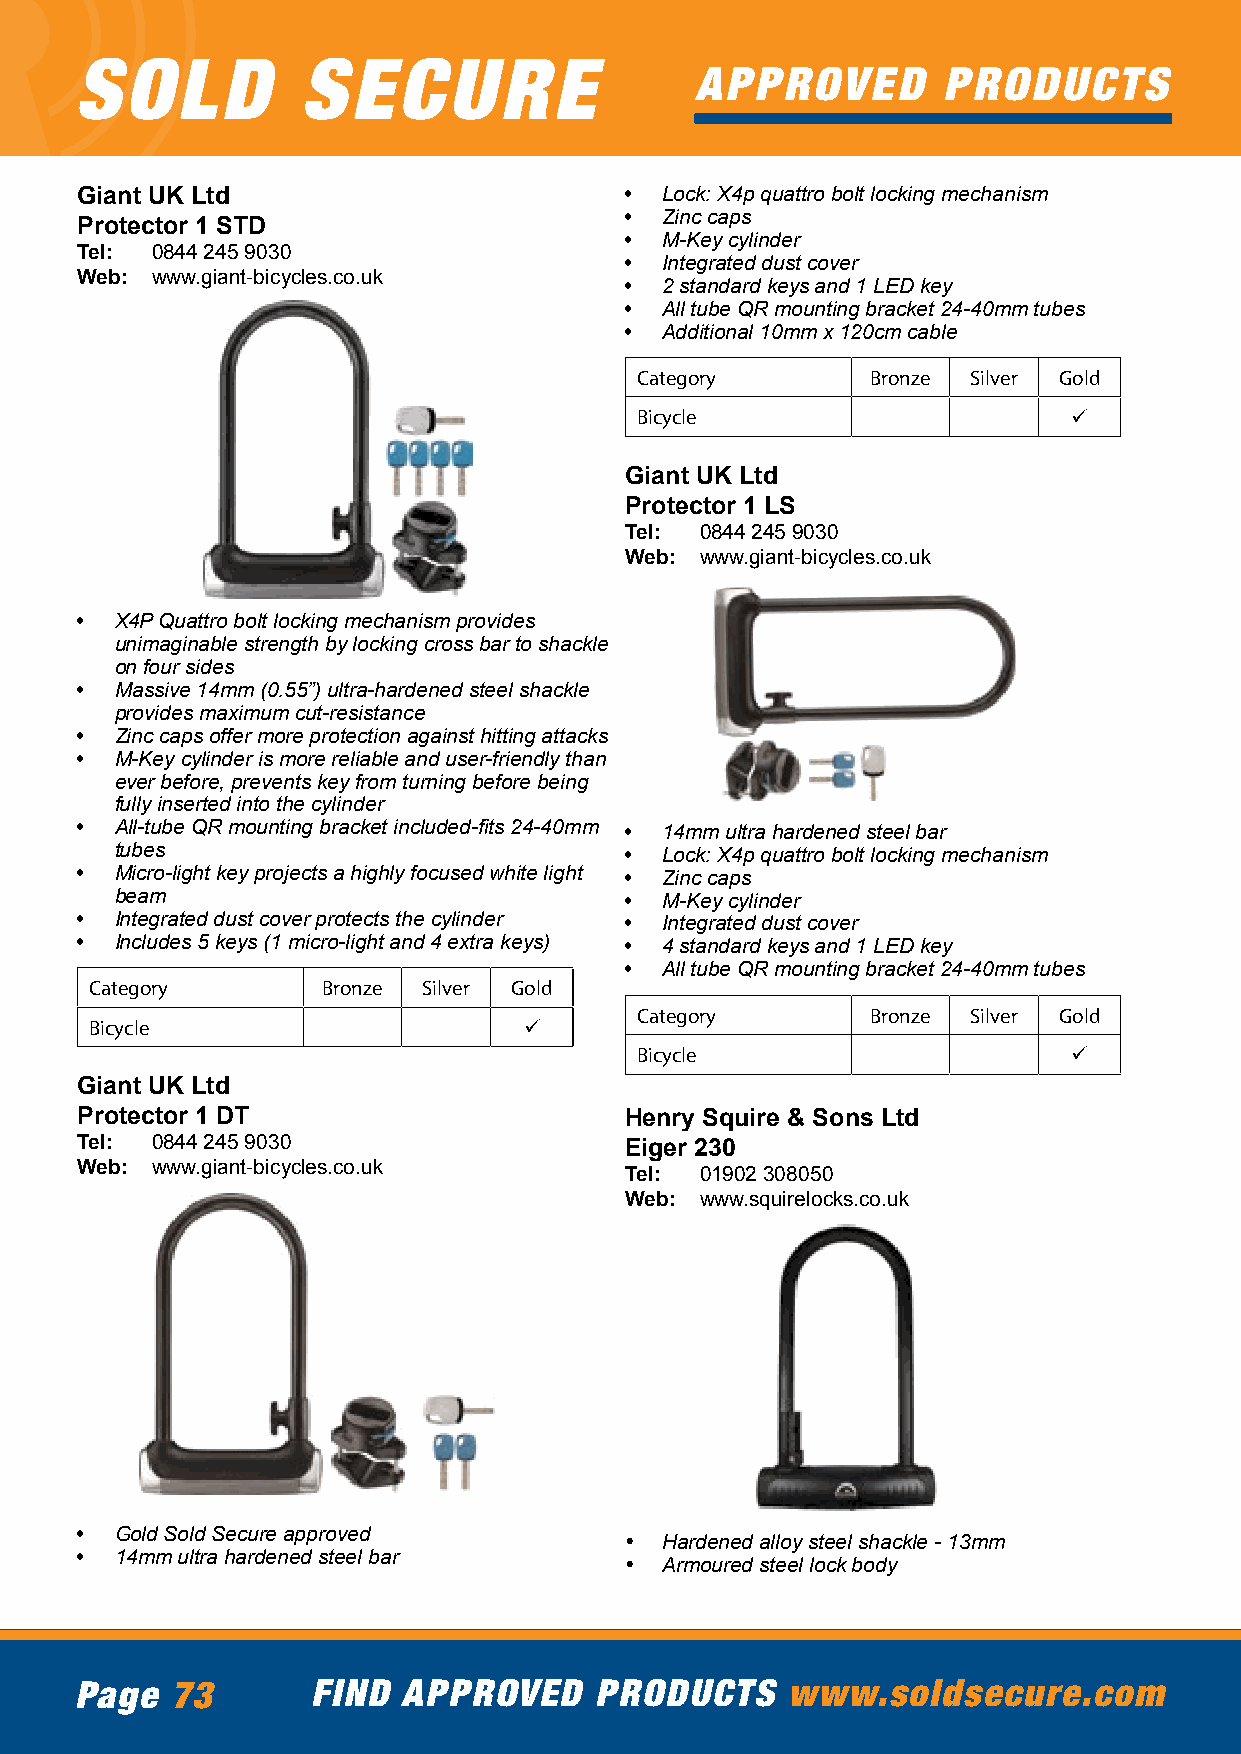
SOLD           SECURE
 APPROVED        PRODUCTS
 Giant UK Ltd                        •  Lock: X4p quattro bolt locking mechanism
 •  Zinc caps
 Protector 1 STD
 •  M-Key cylinder
 Tel: 0844 245 9030
 •  Integrated dust cover
 Web: www.giant-bicycles.co.uk       •  2 standard keys and 1 LED key
 •  All tube QR mounting bracket 24-40mm tubes
 •  Additional 10mm x 120cm cable
 Category        Bronze Silver Gold
 Bicycle                      ü
 Giant UK Ltd
 Protector 1 LS
 Tel: 0844 245 9030
 Web: www.giant-bicycles.co.uk
 •  X4P Quattro bolt locking mechanism provides
 unimaginable strength by locking cross bar to shackle
 on four sides
 •  Massive 14mm (0.55”) ultra-hardened steel shackle
 provides maximum cut-resistance
 •  Zinc caps offer more protection against hitting attacks
 •  M-Key cylinder is more reliable and user-friendly than
 ever before, prevents key from turning before being
 fully inserted into the cylinder
 •  All-tube QR mounting bracket included-fits 24-40mm • 14mm ultra hardened steel bar
 tubes                            •  Lock: X4p quattro bolt locking mechanism
 •  Micro-light key projects a highly focused white light • Zinc caps
 beam                             •  M-Key cylinder
 •  Integrated dust cover protects the cylinder • Integrated dust cover
 •  Includes 5 keys (1 micro-light and 4 extra keys) • 4 standard keys and 1 LED key
 •  All tube QR mounting bracket 24-40mm tubes
 Category       Bronze Silver Gold
 Category        Bronze Silver Gold
 Bicycle                      ü
 Bicycle                      ü
 Giant UK Ltd
 Protector 1 DT                      Henry Squire & Sons Ltd
 Tel: 0844 245 9030                  Eiger 230
 Web: www.giant-bicycles.co.uk
 Tel: 01902 308050
 Web: www.squirelocks.co.uk
 •  Gold Sold Secure approved
 •  Hardened alloy steel shackle - 13mm
 •  14mm ultra hardened steel bar
 •  Armoured steel lock body
 Page  73        FIND  APPROVED    PRODUCTS     www.soldsecure.com